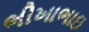
ભીખાભાઇ